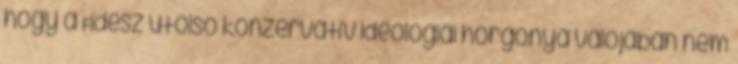
hogy a Fidesz utolsó konzervatív ideológiai horgonya valójában nem